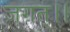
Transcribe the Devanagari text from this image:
जगत्।।